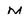
Character: M